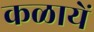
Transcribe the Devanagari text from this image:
कळायें